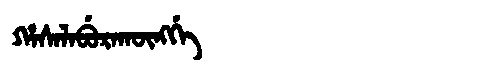
Manchu: ᡥᠠᠰᠠᠯᠠᠪᡠᡵᠠᡴᡡᠩᡤᡝ
Romanization: HASALABURAKŪNGGE